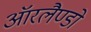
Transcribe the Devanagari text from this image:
ऑरलैण्डो